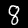
Label: 8